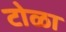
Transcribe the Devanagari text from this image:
टोळा